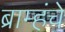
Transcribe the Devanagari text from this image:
ब्राम्हंचे